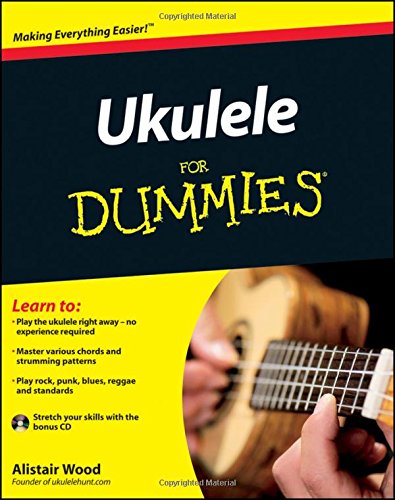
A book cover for Ukulele For Dummies; Alistair Wood; Arts & Photography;